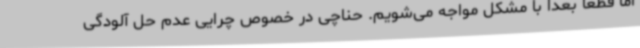
اما قطعا بعدا با مشکل مواجه می‌شویم. حناچی در خصوص چرایی عدم حل آلودگی